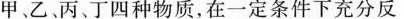
甲、乙丙丁四种物质，在一定条件下充分反